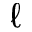
\ell